Report on metropolitan horse fairs and district horse shows of 1891-92 - 1891-1892
Year: 1891
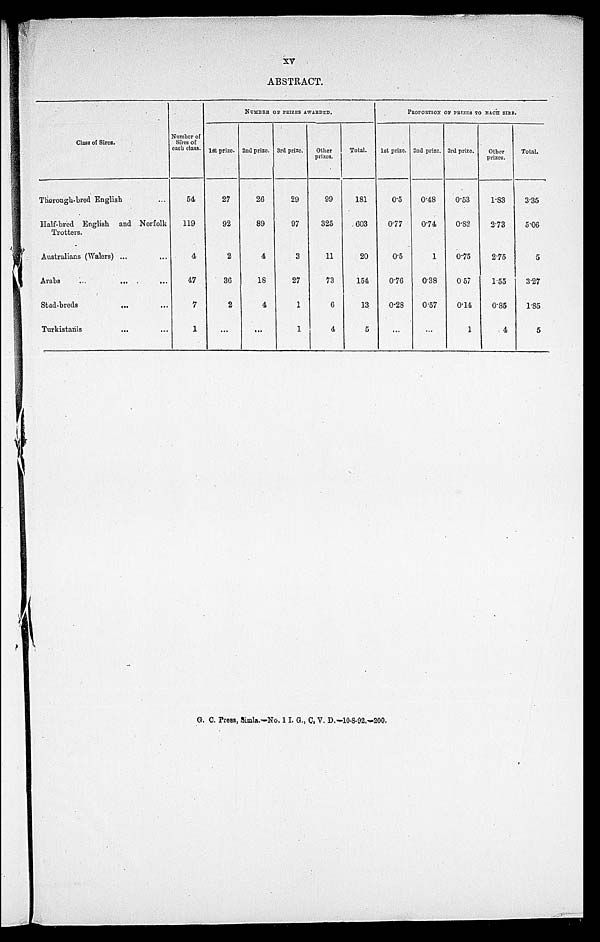
XV
ABSTRACT.
Class of Sires.
Thorough-bred English ...
Half-bred English and Norfolk
Trotters.
Australians (Walers) ...
Arabs ...
Stad-breds
Turkistanis
...
...
...
...
...
...
...
Number of
Sires of
each class.
54
119
4
47
7
1
NUMBER OF PRIZES AWARDED.
1st prize.
27
92
2
36
2
...
2nd prize.
26
89
4
18
4
...
3rd prize.
29
97
3
27
1
1
Other
prizes.
99
325
11
73
6
4
Total.
181
603
20
154
13
5
PEOPORTION OF PRIZES TO EACH SIRA.
1st prize.
0.5
0.77
0.5
0.76
0.28
...
2nd prize.
0.48
0.74
1
0.38
0.57
...
3rd prize.
0.53
0.82
0.75
0.57
0.14
1
Other
prizes.
1.83
2.73
2.75
1.55
0.85
4
Total.
3.35
5.06
5
3.27
1.85
5
G. C. Press, Simla.—No. 1 I. G., C. V. D.-10-8-92.-200.